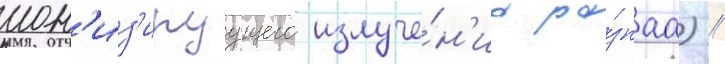
ион'из'ируущего излуче́н'иа ра́знаа) /